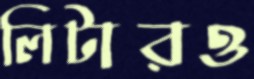
লিটারও